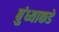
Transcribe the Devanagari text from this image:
बुंध्याकडे